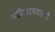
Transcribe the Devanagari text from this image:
परिणामवालों